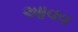
આવવ